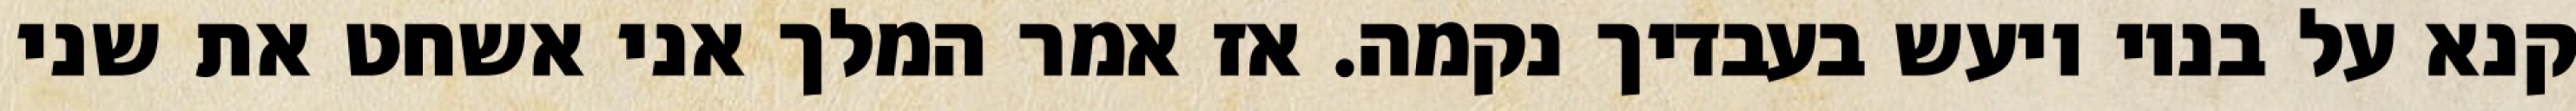
קנא על בניו ויעש בעבדיך נקמה. אז אמר המלך אני אשחט את שני